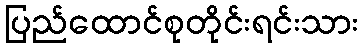
ပြည်ထောင်စုတိုင်းရင်းသား